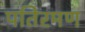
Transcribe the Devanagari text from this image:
पतिरमण